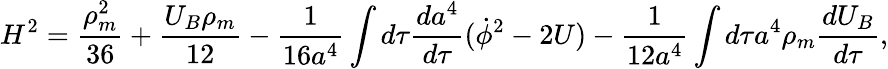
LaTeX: H^{2}=\frac{\rho_{m}^{2}}{36}+\frac{U_{B}\rho_{m}}{12}-\frac{1}{16a^{4}}\int d\tau\frac{da^{4}}{d\tau}(\dot{\phi}^{2}-2U)-\frac{1}{12a^{4}}\int d\tau a^{4}\rho_{m}\frac{dU_{B}}{d\tau},